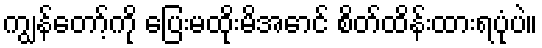
ကျွန်တော့်ကို ပြေးမထိုးမိအောင် စိတ်ထိန်းထားရပုံပဲ။